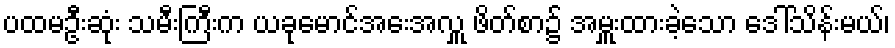
ပထမဦးဆုံး သမီးကြီးက ယခုမောင်အေးအလှူ ဖိတ်စာ၌ အမှူးထားခဲ့သော ဒေါ်သိန်းမယ်၊